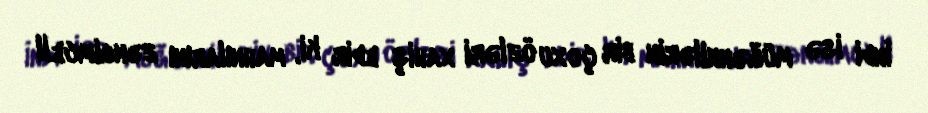
İndi isə müğənnilərin bir çoxu özləri xahiş edir ki, mahnılarını zəngimcell